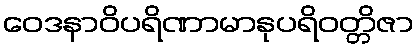
ဝေဒနာဝိပရိဏာမာနုပရိဝတ္တိဇာ